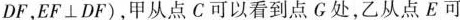
DF，EF⊥DF)，甲从点C可以看到点G处，乙从点E可